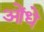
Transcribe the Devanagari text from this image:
ओंधे